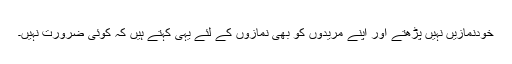
خودنمازیں نہیں پڑھتے اور اپنے مریدوں کو بھی نمازوں کے لئے یہی کہتے ہیں کہ کوئی ضرورت نہیں۔